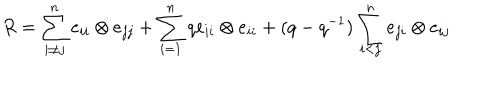
R = \sum _ { i \ne j } ^ { n } e _ { i i } \otimes e _ { j j } + \sum _ { i = 1 } ^ { n } q e _ { i i } \otimes e _ { i i } + ( q - q ^ { - 1 } ) \sum _ { i < j } ^ { n } e _ { j i } \otimes e _ { i j }